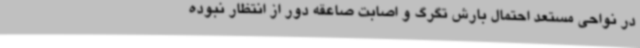
‌در نواحی مستعد احتمال بارش تگرگ و اصابت صاعقه دور از انتظار نبوده